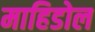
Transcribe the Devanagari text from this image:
माहिडोल